Indian journal of veterinary science and animal husbandry - Volume 10,
Year: 1940
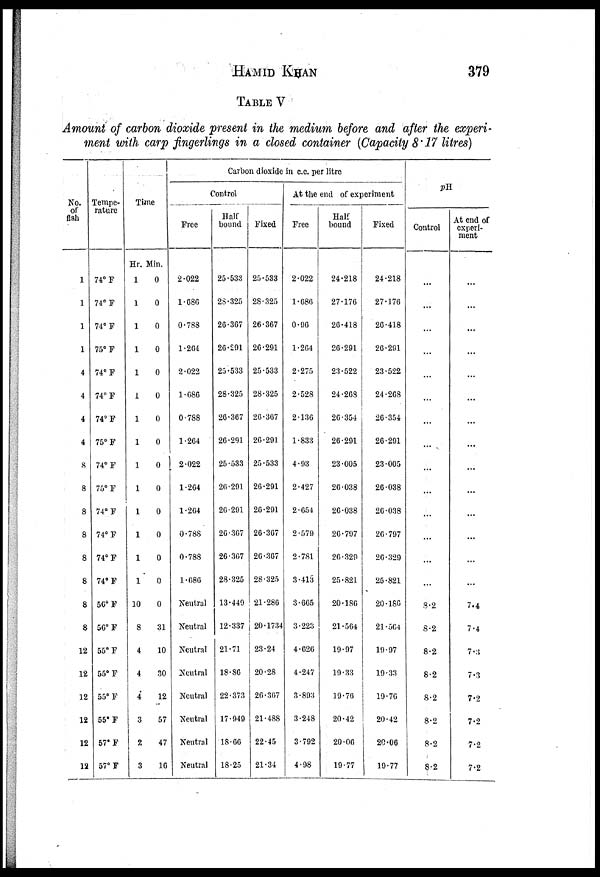
HAMID
KHAN
379
TABLE V
Amount of carbon dioxide present in the medium before and after the experi-
ment with carp fingerlings in a closed container (Capacity 8.17 litres)
No.
of
fish
1
1
1
1
4
4
4
4
8
8
8
8
8
8
8
8
12
12
12
12
12
12
Tempe-
rature
74° F
74° F
74° F
75° F
74° F
74° F
74° F
75° F
74° F
75° F
74° F
74° F
74° F
74° F
56° F
56° F
55° F
55° F
55° F
55° F
57° F
57° F
Time
Hr.
1
1
1
1
1
1
1
1
1
1
1
1
1
1
10
8
4
4
4
3
2
3
Min.
0
0
0
0
0
0
0
0
0
0
0
0
0
0
0
31
10
30
12
57
47
16
Carbon dioxide in c.c. per litre
Control
Free
2.022
1.686
0.788
1.264
2.022
1.686
0.788
1.264
2.022
1.264
1.264
0.788
0.788
1.686
Neutral
Neutral
Neutral
Neutral
Neutral
Neutral
Neutral
Neutral
Half
bound
25.533
28.325
26.367
26.291
25.533
28.325
26.367
26.291
25.533
26.291
26.291
26.367
26.367
28.325
13.449
12.337
21.71
18.86
22.373
17.949
18.66
18.25
Fixed
25.533
28.325
26.367
26.291
25.533
28.325
26.367
26.291
25.533
26.291
26.291
26.367
26.367
28.325
21.286
20.1734
23.24
20.28
26.367
21.488
22.45
21.34
At the end of experiment
Free
2.022
1.686
0.96
1.264
2.275
2.528
2.136
1.833
4.93
2.427
2.654
2.579
2.781
3.413
3.665
3.223
4.626
4.247
3.893
3.248
3.792
4.98
Half
bound
24.218
27.176
26.418
26.291
23.522
24.268
26.354
26.291
23.005
26.038
26.038
26.797
26.329
25.821
20.186
21.564
19.97
19.33
19.76
20.42
20.06
19.77
Fixed
24.218
27.176
26.418
26.291
23.522
24.268
26.354
26.291
23.005
26.038
26.038
26.797
26.329
25.821
20.186
21.564
19.97
19.33
19.76
20.42
20.06
19.77
pH
Control
...
...
...
...
...
...
...
...
...
...
...
...
...
...
8.2
8.2
8.2
8.2
8.2
8.2
8.2
8.2
At end of
experi-
ment
...
...
...
...
...
...
...
...
...
...
...
...
...
...
7.4
7.4
7.3
7.3
7.2
7.2
7.2
7.2